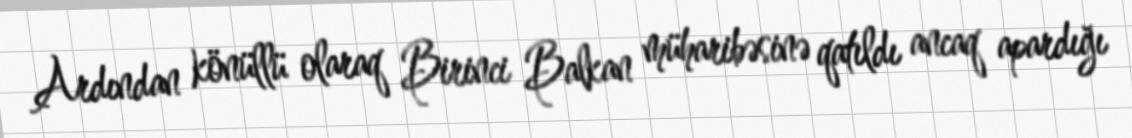
Ardından könüllü olaraq Birinci Balkan müharibəsinə qatıldı ancaq apardığı